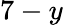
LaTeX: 7-y